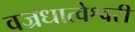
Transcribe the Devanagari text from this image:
वज्रधात्वेश्वरी